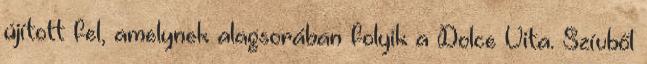
újított fel, amelynek alagsorában folyik a Dolce Vita. Szívből